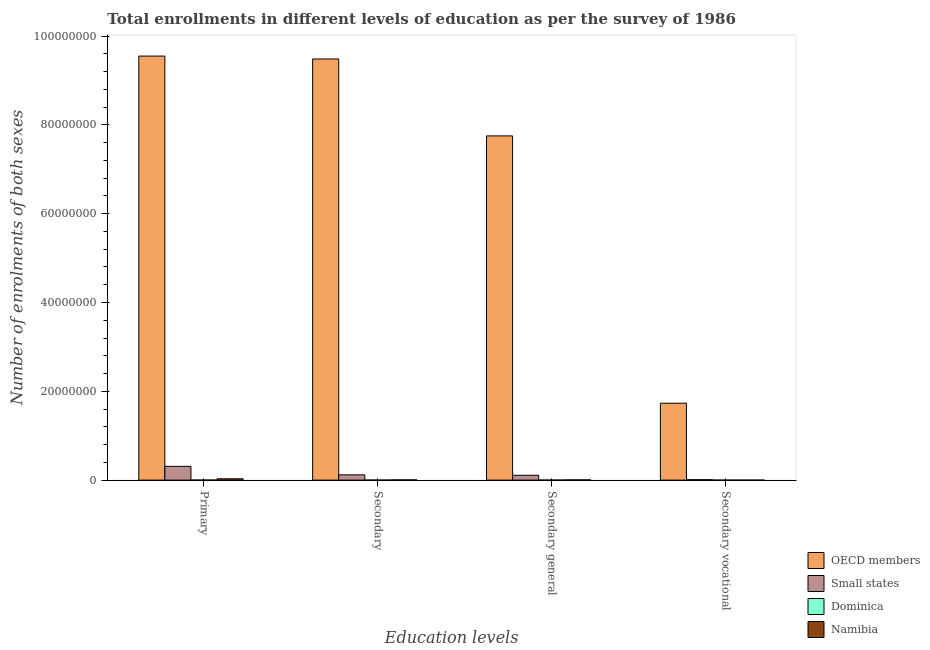
| Education levels | OECD members | Small states | Dominica | Namibia |
 | --- | --- | --- | --- | --- |
 | Primary | 9.55e+07 | 3.1e+06 | 1.23e+04 | 2.95e+05 |
 | Secondary | 9.48e+07 | 1.18e+06 | 7.37e+03 | 4.96e+04 |
 | Secondary general | 7.75e+07 | 1.09e+06 | 7.11e+03 | 4.94e+04 |
 | Secondary vocational | 1.73e+07 | 9.37e+04 | 259 | 154 |